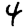
Digit: 4